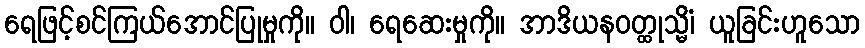
ရေဖြင့်စင်ကြယ်အောင်ပြုမှုကို။ ဝါ၊ ရေဆေးမှုကို။ အာဒိယနဝတ္ထုသ္မိံ၊ ယူခြင်းဟူသော